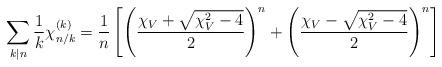
LaTeX: \begin{align*}\sum _{k|n}\frac{1}{k}\chi ^{(k)}_{n/k} =\frac{1}{n}\left[ \left( \frac{\chi _V +\sqrt{\chi _V ^2 -4}}{2}\right) ^n + \left( \frac{\chi _V -\sqrt{\chi _V ^2 -4}}{2}\right) ^n \right]\end{align*}